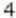
4